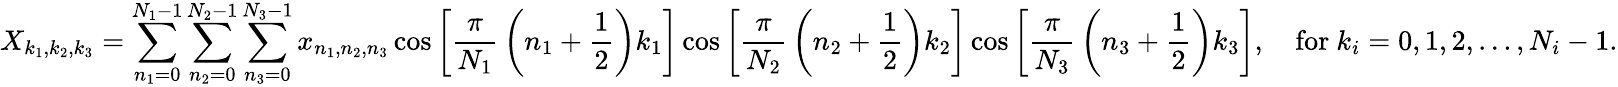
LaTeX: X_{k_{1},k_{2},k_{3}}=\sum_{n_{1}=0}^{N_{1}-1}\sum_{n_{2}=0}^{N_{2}-1}\sum_{n_{3}=0}^{N_{3}-1}x_{n_{1},n_{2},n_{3}}\cos\left[{\frac{\pi}{N_{1}}}\left(n_{1}+{\frac{1}{2}}\right)k_{1}\right]\cos\left[{\frac{\pi}{N_{2}}}\left(n_{2}+{\frac{1}{2}}\right)k_{2}\right]\cos\left[{\frac{\pi}{N_{3}}}\left(n_{3}+{\frac{1}{2}}\right)k_{3}\right],\quad{\mathrm{for~}}k_{i}=0,1,2,\dots,N_{i}-1.